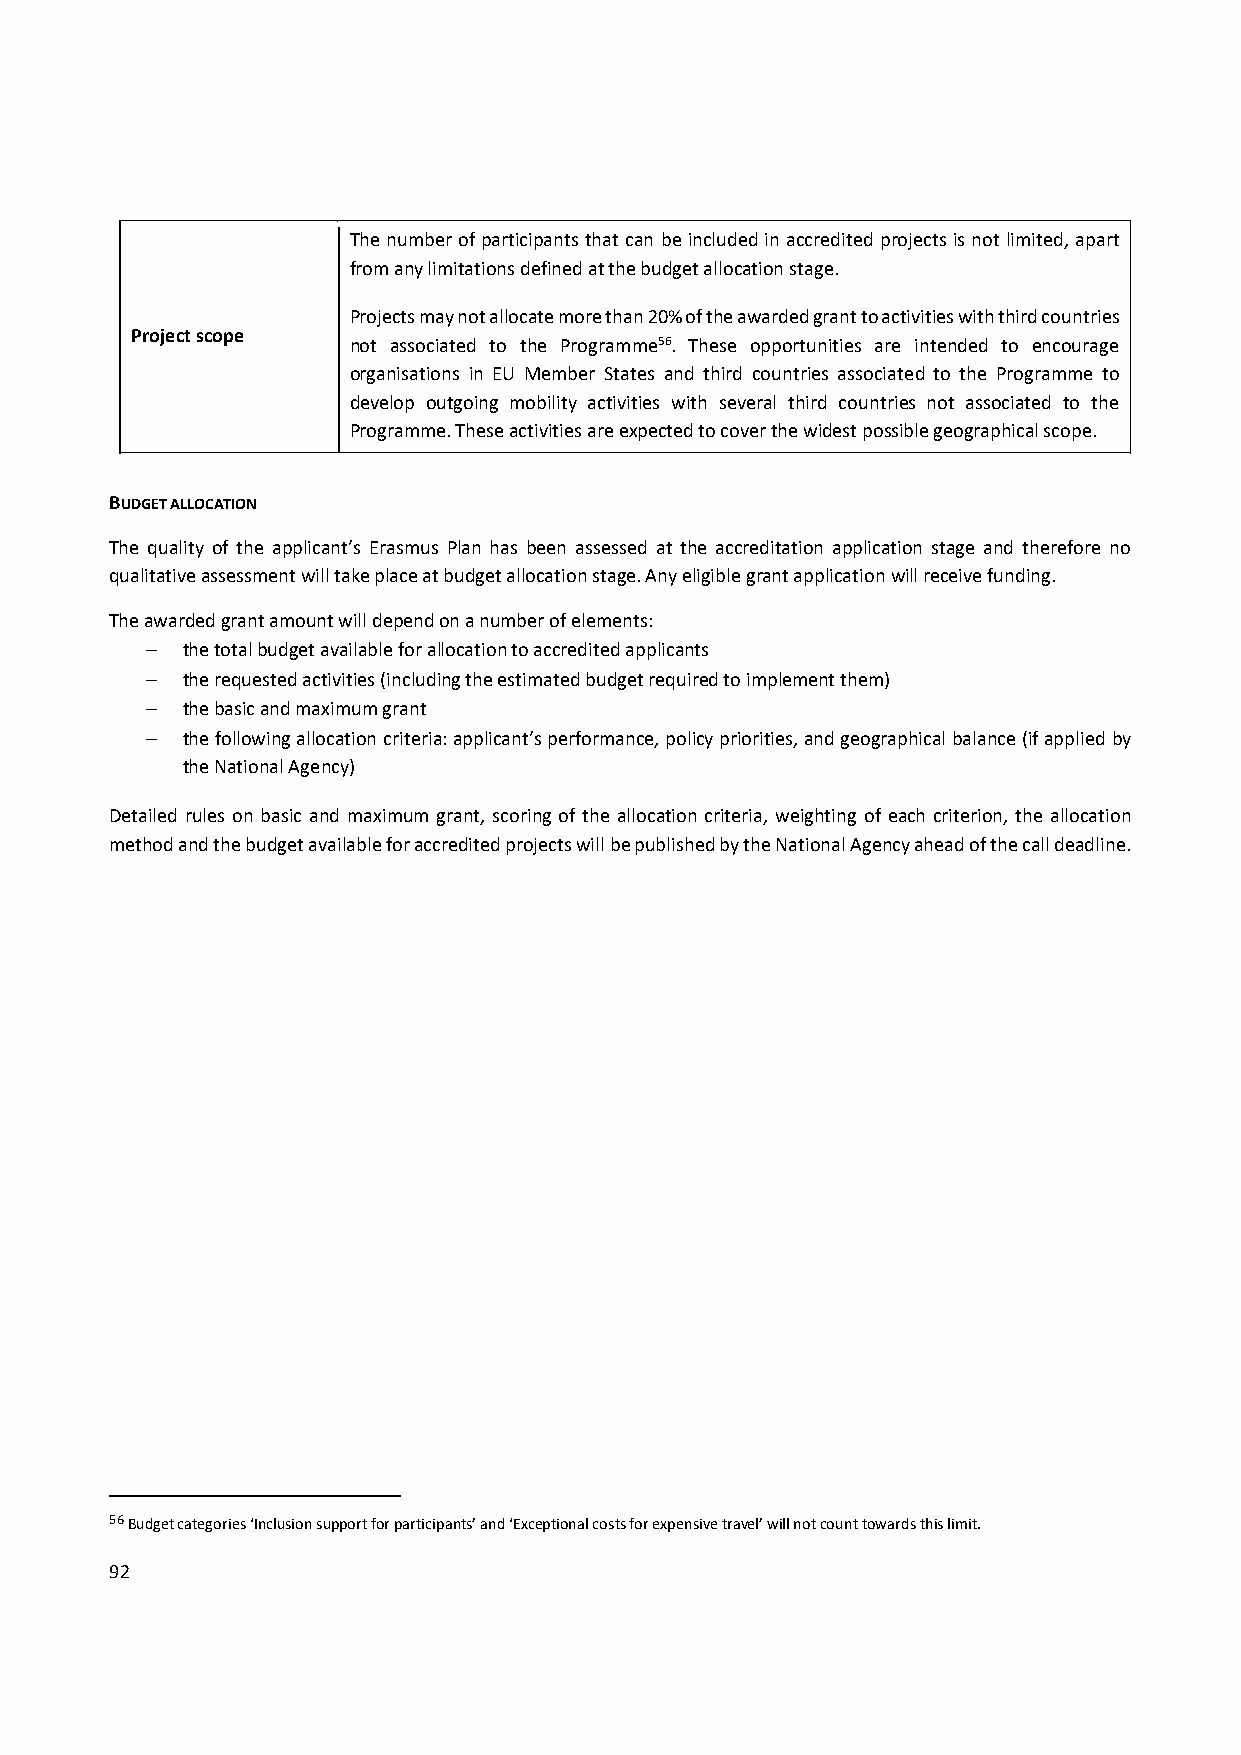
The number of participants that can be included in accredited projects is not limited, apart
 from any limitations defined at the budget allocation stage.
 Projects may not allocate more than 20% of the awarded grant to activities with third countries
 Project scope
 not associated to the Programme56. These opportunities are intended to encourage
 organisations in EU Member States and third countries associated to the Programme to
 develop outgoing mobility activities with several third countries not associated to the
 Programme. These activities are expected to cover the widest possible geographical scope.
 BUDGET ALLOCATION
 The quality of the applicant’s Erasmus Plan has been assessed at the accreditation application stage and therefore no
 qualitative assessment will take place at budget allocation stage. Any eligible grant application will receive funding.
 The awarded grant amount will depend on a number of elements:
  the total budget available for allocation to accredited applicants
  the requested activities (including the estimated budget required to implement them)
  the basic and maximum grant
  the following allocation criteria: applicant’s performance, policy priorities, and geographical balance (if applied by
 the National Agency)
 Detailed rules on basic and maximum grant, scoring of the allocation criteria, weighting of each criterion, the allocation
 method and the budget available for accredited projects will be published by the National Agency ahead of the call deadline.
 56 Budget categories ‘Inclusion support for participants’ and ‘Exceptional costs for expensive travel’ will not count towards this limit.
 92